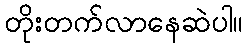
တိုးတက်လာနေဆဲပါ။